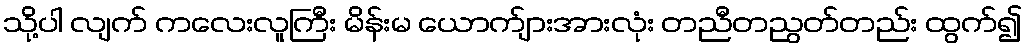
သို့ပါ လျက် ကလေးလူကြီး မိန်းမ ယောက်ျားအားလုံး တညီတညွတ်တည်း ထွက်၍